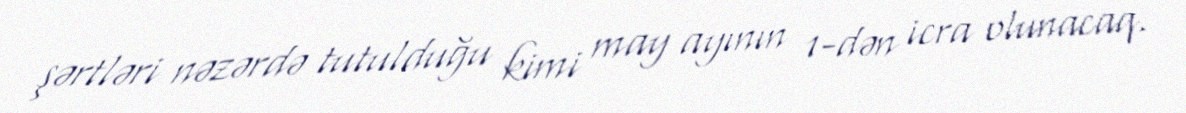
şərtləri nəzərdə tutulduğu kimi may ayının 1-dən icra olunacaq.